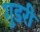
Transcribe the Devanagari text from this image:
गुडरी